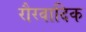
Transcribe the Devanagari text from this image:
रौरवादिक